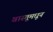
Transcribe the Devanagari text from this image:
वास्तूमधून